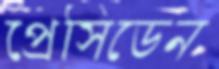
প্রেসিডেন